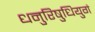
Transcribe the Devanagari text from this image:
धनुरिषुधियुगं